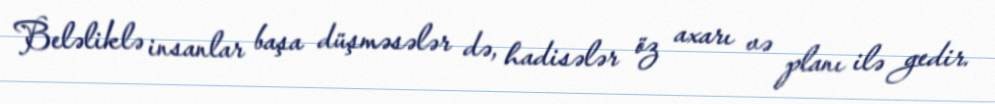
Beləliklə insanlar başa düşməsələr də, hadisələr öz axarı və planı ilə gedir.